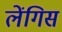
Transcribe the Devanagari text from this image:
लेंगिस